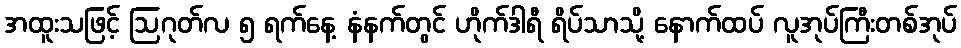
အထူးသဖြင့် ဩဂုတ်လ ၅ ရက်နေ့ နံနက်တွင် ဟိုက်ဒါရီ ရိပ်သာသို့ နောက်ထပ် လူအုပ်ကြီးတစ်အုပ်